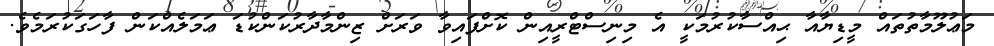
މަޢުލޫމާތުތައް މީޑިޔާއާ ޙިއްސާކުރުމަކީ އެ މިނިސްޓްރީއިން ކޮށްފައިވާ ވަރަށް ޒިންމާދާރުކަންކުޑަ ޢަމަލެއްކަން ފާހަގަކުރަމެވެ.